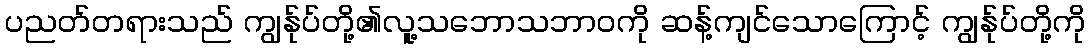
ပညတ်တရားသည် ကျွန်ုပ်တို့၏လူ့သဘောသဘာဝကို ဆန့်ကျင်သောကြောင့် ကျွန်ုပ်တို့ကို